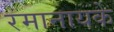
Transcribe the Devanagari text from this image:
रमानायके